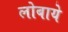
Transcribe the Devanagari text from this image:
लोबाये